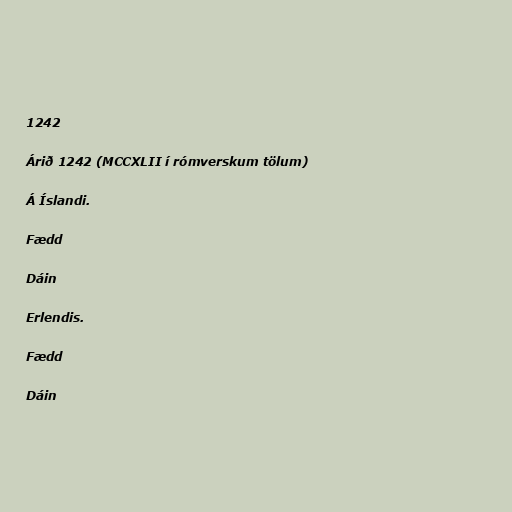
1242

Árið 1242 (MCCXLII í rómverskum tölum)

Á Íslandi.

Fædd

Dáin

Erlendis.

Fædd

Dáin